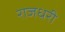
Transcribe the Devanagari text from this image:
राजधरी